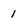
Character: 1